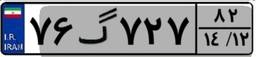
۷۶گ۷۲۷۸۲